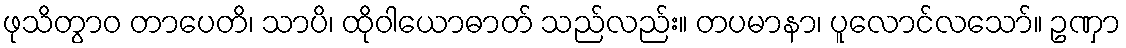
ဖုသိတွာဝ တာပေတိ၊ သာပိ၊ ထိုဝါယောဓာတ် သည်လည်း။ တပမာနာ၊ ပူလောင်လသော်။ ဥဏှာ